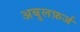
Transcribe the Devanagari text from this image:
अबुलफ़र्ज